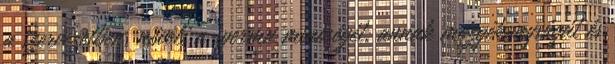
a szervezetben, növeli a sperma minőségét, annak mozgékonyságát és